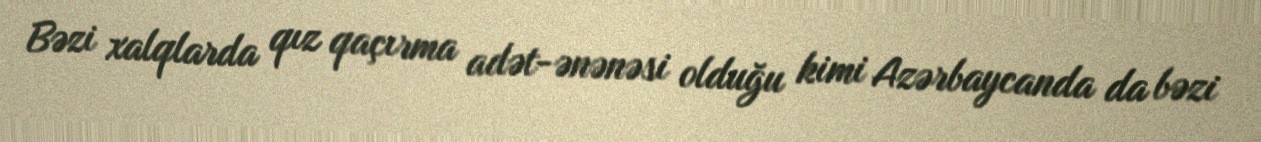
Bəzi xalqlarda qız qaçırma adət-ənənəsi olduğu kimi Azərbaycanda da bəzi